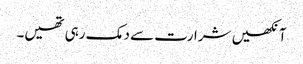
آنکھیں شرارت سے دمک رہی تھیں۔